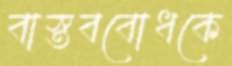
বাস্তববোধকে